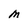
Character: M